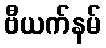
ဗီယက်နမ်